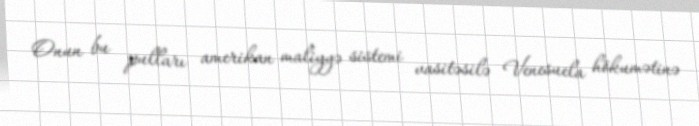
Onun bu pulları amerikan maliyyə sistemi vasitəsilə Venesuela hökumətinə